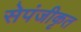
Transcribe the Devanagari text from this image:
सेपंजीकृत